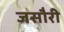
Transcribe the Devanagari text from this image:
जसौरी